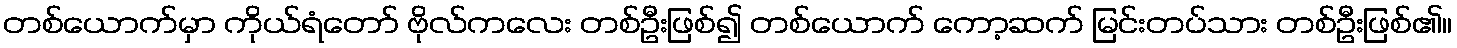
တစ်ယောက်မှာ ကိုယ်ရံတော် ဗိုလ်ကလေး တစ်ဦးဖြစ်၍ တစ်ယောက် ကော့ဆက် မြင်းတပ်သား တစ်ဦးဖြစ်၏။